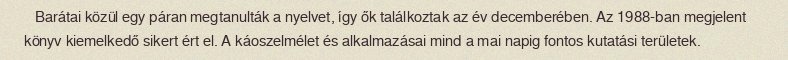
Barátai közül egy páran megtanulták a nyelvet, így ők találkoztak az év decemberében. Az 1988-ban megjelent könyv kiemelkedő sikert ért el. A káoszelmélet és alkalmazásai mind a mai napig fontos kutatási területek.